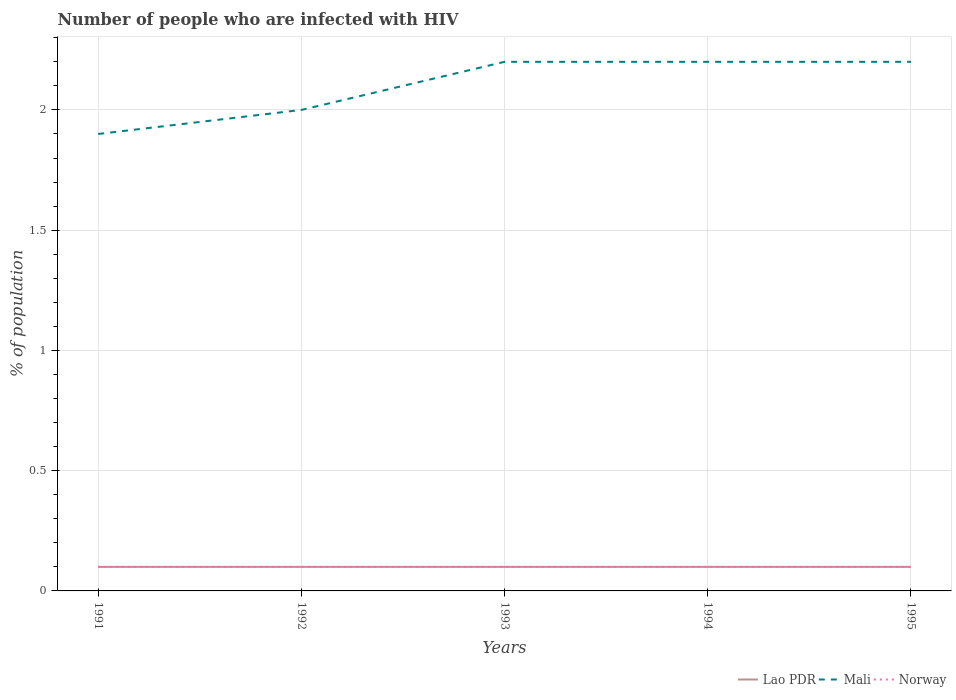
| Years | Lao PDR | Mali | Norway |
 | --- | --- | --- | --- |
 | 1991 | 0.1 | 1.9 | 0.1 |
 | 1992 | 0.1 | 2 | 0.1 |
 | 1993 | 0.1 | 2.2 | 0.1 |
 | 1994 | 0.1 | 2.2 | 0.1 |
 | 1995 | 0.1 | 2.2 | 0.1 |